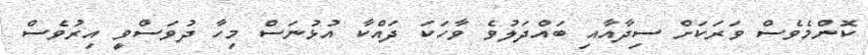
ކޮންމެވެސް ވަރަކަށް ސިދާއާއި ބައްދަލުވެ ވާހަކަ ދައްކާ އުޅުނަސް މިހާ ދުވަސްވީ އިރުވެސް